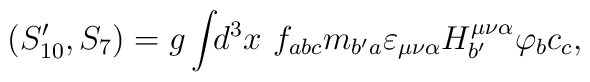
(S_{10}^{\prime },S_7)=g\int \!\!d^3x~f_{abc}m_{b^{\prime}a}\varepsilon _{\mu \nu \alpha }H_{b^{\prime }}^{\mu \nu \alpha}\varphi _bc_c,